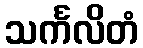
သင်္ကလိတံ